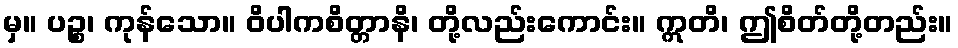
မှ။ ပဉ္စ၊ ကုန်သော။ ဝိပါကစိတ္တာနိ၊ တို့လည်းကောင်း။ ဣတိ၊ ဤစိတ်တို့တည်း။